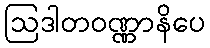
ဩဒါတဝဏ္ဏာနိပေ